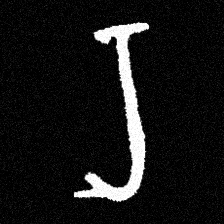
Pyu character \u2014 Myanmar letter: ရ (romanized: ra)